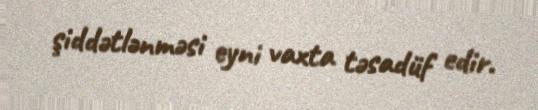
şiddətlənməsi eyni vaxta təsadüf edir.